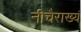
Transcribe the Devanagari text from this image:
नीचैराख्यं